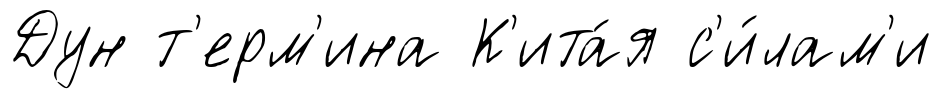
Дун т'ерм'ина К'ита́я с'и́лам'и